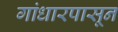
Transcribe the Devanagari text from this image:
गांधारपासून